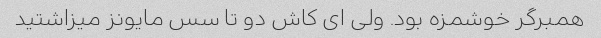
همبرگر خوشمزه بود. ولی ای کاش دو تا سس مایونز میزاشتید